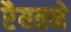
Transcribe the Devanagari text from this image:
रैयतने